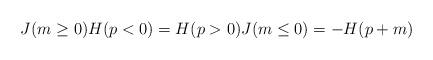
LaTeX: \begin{align*}J(m \ge 0)H(p<0) = H(p>0)J(m\le 0) = -H(p+m)\end{align*}